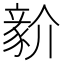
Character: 𧱘